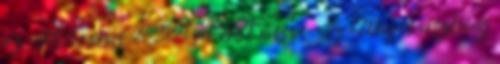
az All Seasons 20.55%-ot esett vissza. Az átlagos veszteség